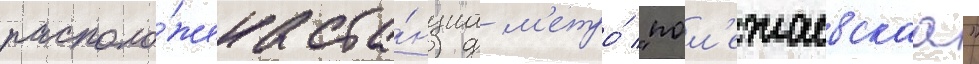
располо́жена ста́нциа м'етро́ "пол'ежаевскаа"